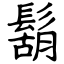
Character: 鬍